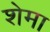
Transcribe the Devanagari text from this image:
शेमा